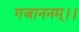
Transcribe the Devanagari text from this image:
गजाननम्।।